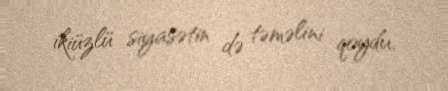
ikiüzlü siyasətin də təməlini qoydu.